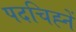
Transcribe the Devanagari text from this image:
पदचिह्नें